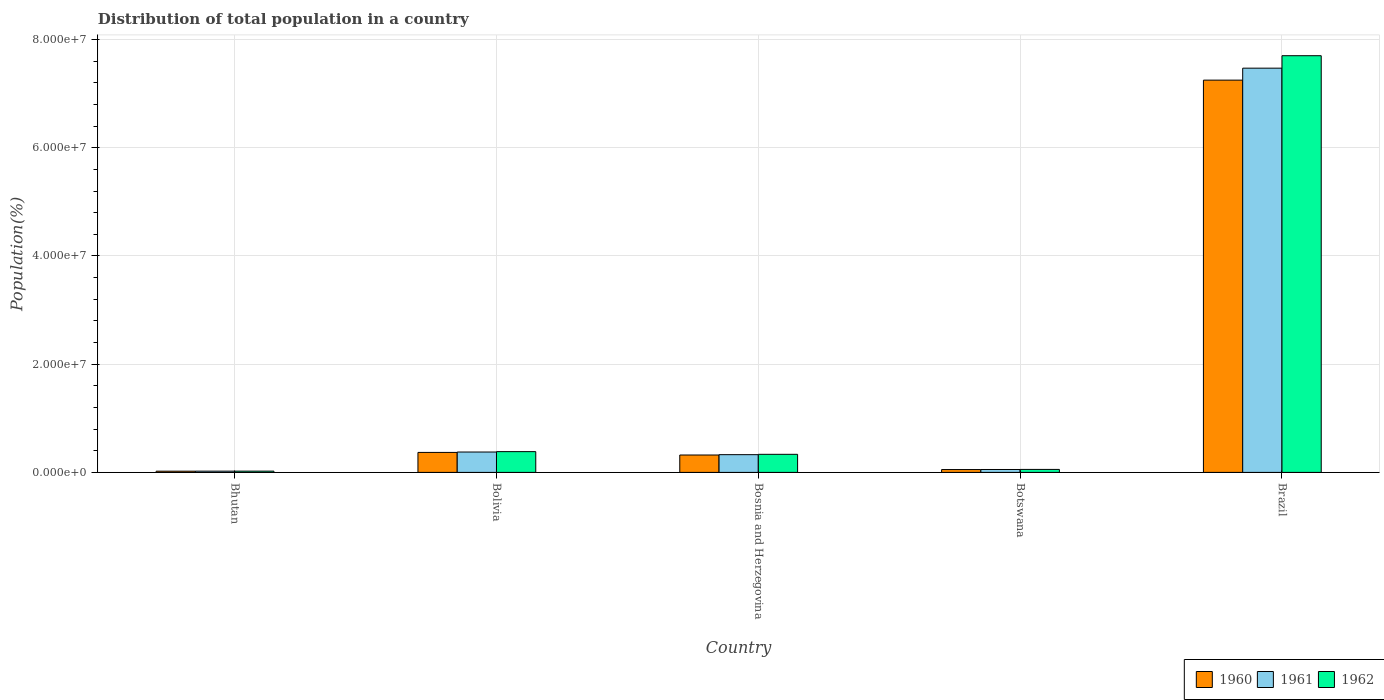
| Country | 1960 | 1961 | 1962 |
 | --- | --- | --- | --- |
 | Bhutan | 2.24e+05 | 2.29e+05 | 2.35e+05 |
 | Bolivia | 3.69e+06 | 3.76e+06 | 3.84e+06 |
 | Bosnia and Herzegovina | 3.21e+06 | 3.28e+06 | 3.34e+06 |
 | Botswana | 5.24e+05 | 5.37e+05 | 5.5e+05 |
 | Brazil | 7.25e+07 | 7.47e+07 | 7.7e+07 |